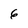
Character: 6